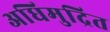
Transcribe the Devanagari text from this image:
अधिमुद्रित